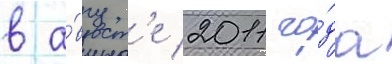
в а́вгуст'е 2011 го́да